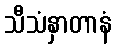
သီသံနှာတာနံ